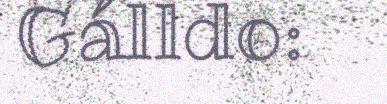
Gálldo: